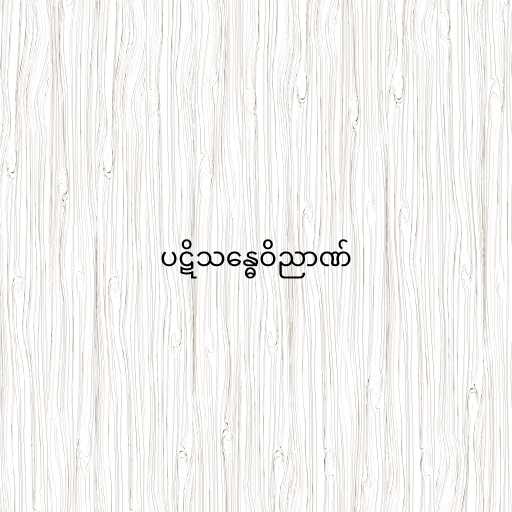
ပဋိသန္ဓေဝိညာဏ်